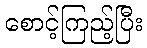
စောင့်ကြည့်ပြီး